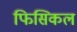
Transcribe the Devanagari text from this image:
फिसिकल